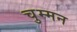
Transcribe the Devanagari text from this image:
चुम्मन